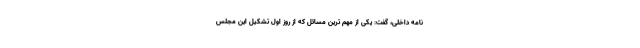
نامه داخلی، گفت: یکی از مهم ترین مسائل که از روز اول تشکیل این مجلس